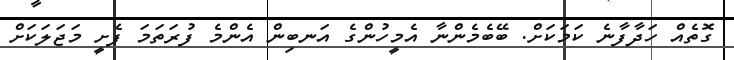
ގޮތެއް ހަދާފާނެ ކަމަކަށް. ބޭބެމެންނާ އެމީހުންގެ އަނބިން އެންމެ ފުރަތަމަ ފެށީ މަޖަލަކަށް